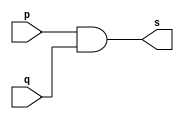
// ---------------------
// Exercicio 09  - AND
// Nome: Josu
// ---------------------


// ---------------------
// -- and gate
// ---------------------
module andgate2in (output s, input p, input q);

    assign s = (p & q);

endmodule

// ---------------------
// -- and gate
// ---------------------
module andgate3in (output s, input p, input q, input r);

    wire x;
    andgate2in AND1(x, p, q);
    assign s = (x & r);

endmodule


// ---------------------
// -- test andgate
// ---------------------
module testandgate;

    reg a, b, c;
    wire s;

    andgate3in AND1 (s, a, b, c);

    initial begin:main
        $display("test and:");
        $display("\n ( (p & q) & r = s \n");
        $monitor(" (%b & %b) & %b = %b", a, b, c, s);

        a = 0;
        b = 0;
        c = 0;

        #1  a = 0;    b = 0;  c = 1;
        #1  a = 0;    b = 1;  c = 0;
        #1  a = 0;    b = 1;  c = 1;
        #1  a = 1;    b = 0;  c = 0;
        #1  a = 1;    b = 0;  c = 1;
        #1  a = 1;    b = 1;  c = 0;
        #1  a = 1;    b = 1;  c = 1;
    end

endmodule